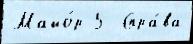
Майо́р 5  Спра́ва